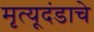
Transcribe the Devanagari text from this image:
मृत्यूदंडाचे